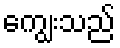
ကျွေးသည်